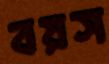
বয়স